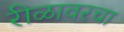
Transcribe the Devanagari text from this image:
रीळावरचा